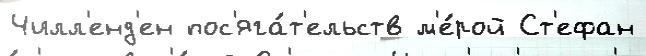
Чилл'енд'ен пос'яга́т'ельств м'е́рой Ст'ефан